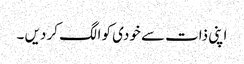
اپنی ذات سے خودی کو الگ کر دیں ۔